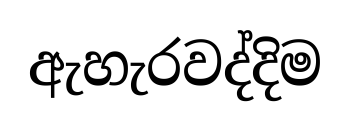
ඇහැරවද්දිම